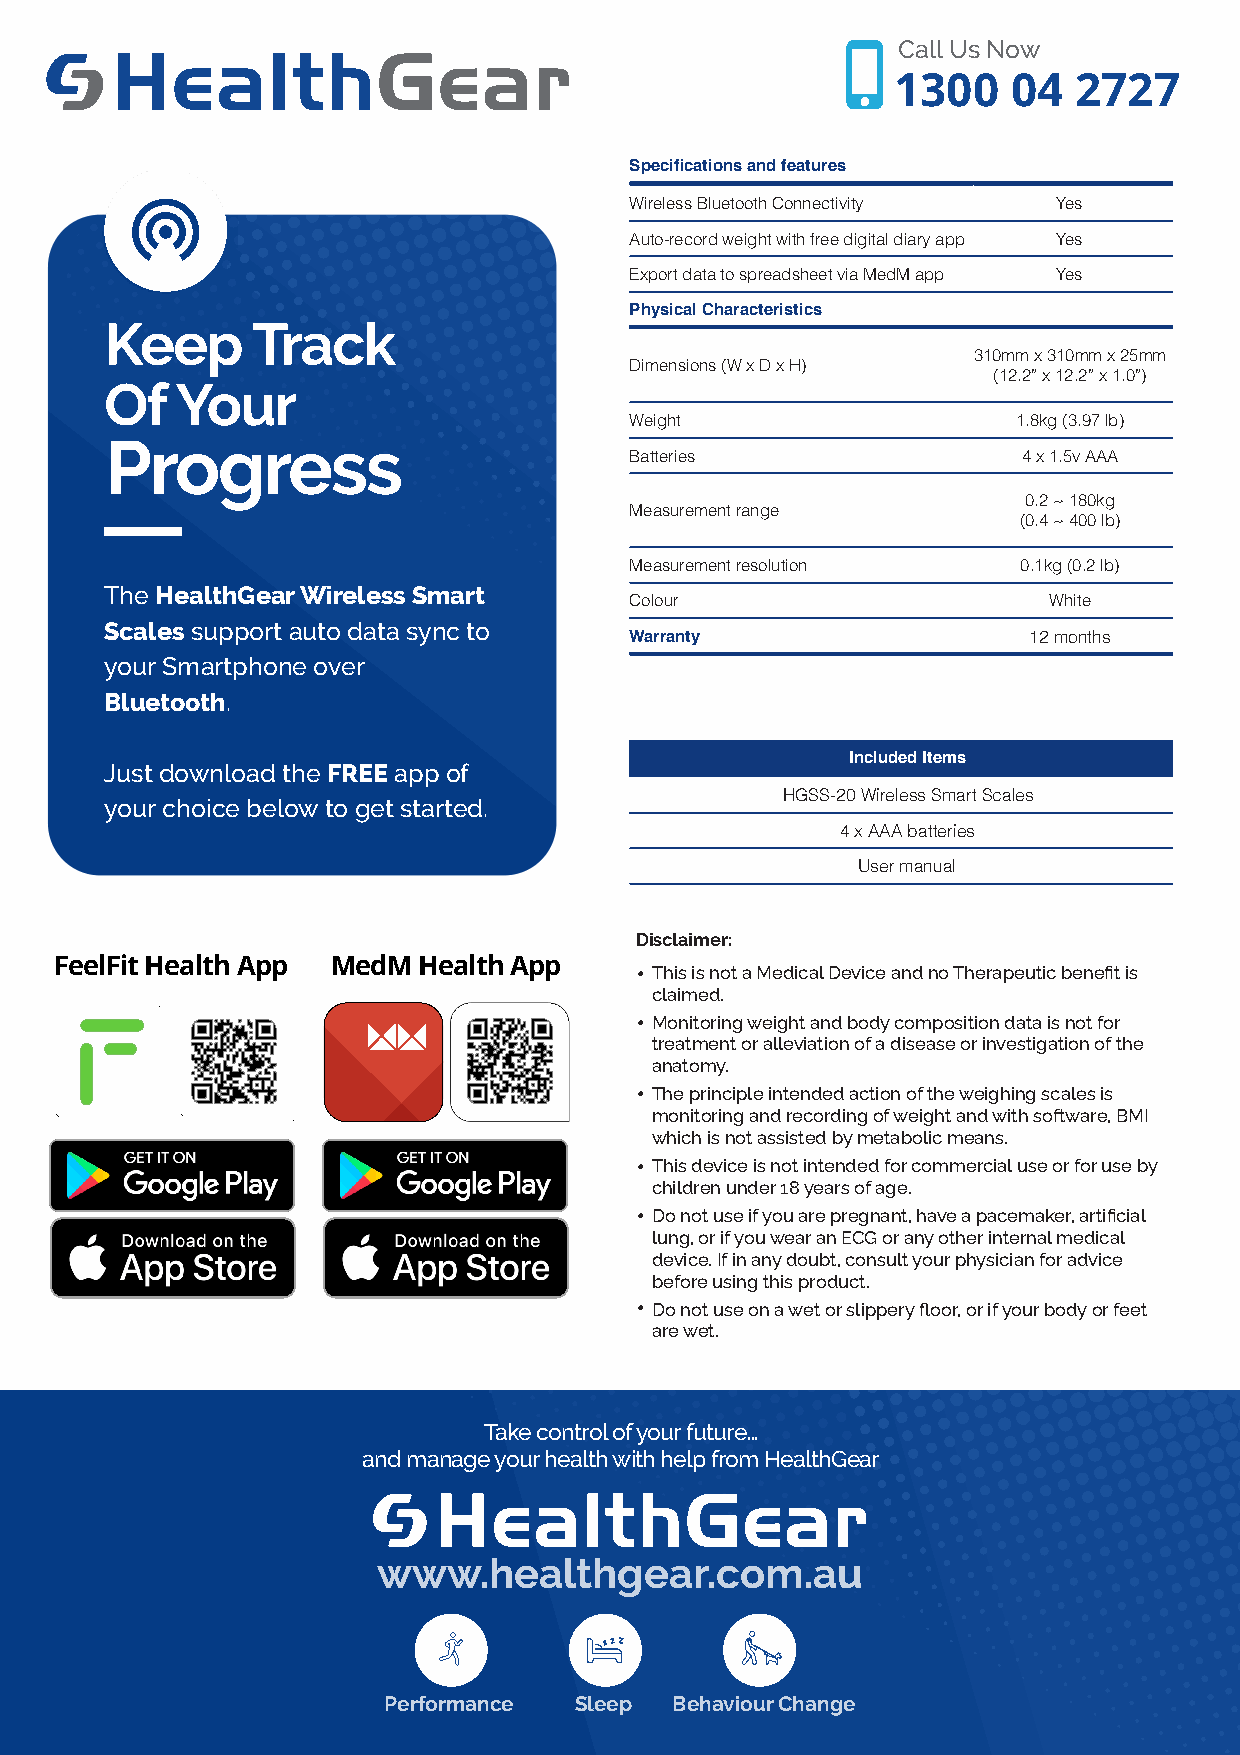
Call Us Now
 1300    04  2727
 Specifications and features
 Wireless Bluetooth Connectivity Yes
 Auto-record weight with free digital diary app Yes
 Export data to spreadsheet via MedM app Yes
 Physical Characteristics
 Keep      Track
 310mm x 310mm x 25mm
 Dimensions (W x D x H)
 (12.2” x 12.2” x 1.0”)
 Of   Your
 Weight                   1.8kg (3.97 lb)
 Progress
 Batteries                 4 x 1.5v AAA
 0.2 ~ 180kg
 Measurement range
 (0.4 ~ 400 lb)
 Measurement resolution    0.1kg (0.2 lb)
 The HealthGear Wireless Smart
 Colour                     White
 Scales support auto data sync to
 Warranty                  12 months
 your Smartphone over
 Bluetooth.
 Included Items
 Just download the FREE app of
 HGSS-20 Wireless Smart Scales
 your choice below to get started.
 4 x AAA batteries
 User manual
 Disclaimer:
 FeelFit Health App MedM Health App    • This is not a Medical Device and no Therapeutic benefit is
 claimed.
 • Monitoring weight and body composition data is not for
 treatment or alleviation of a disease or investigation of the
 anatomy.
 • The principle intended action of the weighing scales is
 monitoring and recording of weight and with software, BMI
 which is not assisted by metabolic means.
 • This device is not intended for commercial use or for use by
 children under 18 years of age.
 • Do not use if you are pregnant, have a pacemaker, artificial
 lung, or if you wear an ECG or any other internal medical
 device. If in any doubt, consult your physician for advice
 before using this product.
 • Do not use on a wet or slippery floor, or if your body or feet
 are wet.
 Take control of your future…
 and manage your health with help from HealthGear
 www.healthgear.com.au
 Performance  Sleep  Behaviour Change